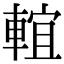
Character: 𨌵